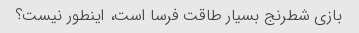
بازی شطرنج بسیار طاقت فرسا است، اینطور نیست؟